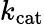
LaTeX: k_{\mathrm{{cat}}}